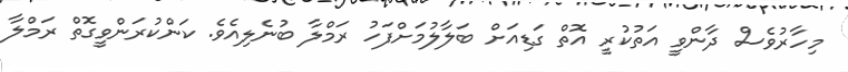
މިހާރުވެސް ދާންވީ އަތުކުރީ އޮތް ގަޑިއަށް ބަލާލުމަށްފަހު ރަމްލާ ބުނެލިއެވެ. ކަންކުރަންވީގޮތް ރަމްލާ